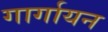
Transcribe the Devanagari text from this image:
गार्गायन